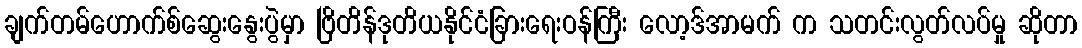
ချက်တမ်ဟောက်စ်ဆွေးနွေးပွဲမှာ ဗြိတိန်ဒုတိယနိုင်ငံခြားရေးဝန်ကြီး လော့ဒ်အာမက် က သတင်းလွတ်လပ်မှု ဆိုတာ